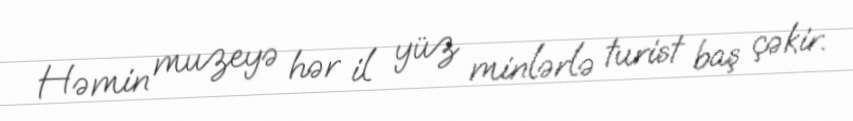
Həmin muzeyə hər il yüz minlərlə turist baş çəkir.